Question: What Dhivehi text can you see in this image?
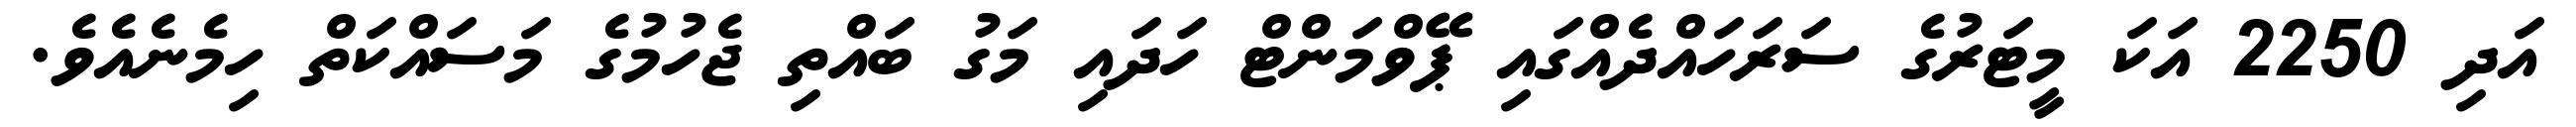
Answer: އަދި 2250 އަކަ މީޓަރުގެ ސަރަހައްދެއްގައި ޕޭވްމަންޓް ހަދައި މަގު ބައްތި ޖެހުމުގެ މަސައްކަތް ހިމެނެއެވެ.